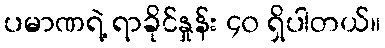
ပမာဏရဲ့ ရာခိုင်နှုန်း ၄၀ ရှိပါတယ်။